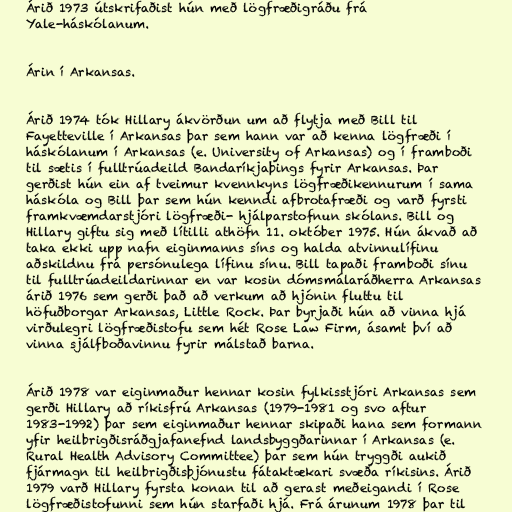
Árið 1973 útskrifaðist hún með lögfræðigráðu frá
Yale-háskólanum.

Árin í Arkansas.

Árið 1974 tók Hillary ákvörðun um að flytja með Bill til
Fayetteville í Arkansas þar sem hann var að kenna lögfræði í
háskólanum í Arkansas (e. University of Arkansas) og í framboði
til sætis í fulltrúadeild Bandaríkjaþings fyrir Arkansas. Þar
gerðist hún ein af tveimur kvennkyns lögfræðikennurum í sama
háskóla og Bill þar sem hún kenndi afbrotafræði og varð fyrsti
framkvæmdarstjóri lögfræði- hjálparstofnun skólans. Bill og
Hillary giftu sig með lítilli athöfn 11. október 1975. Hún ákvað að
taka ekki upp nafn eiginmanns síns og halda atvinnulífinu
aðskildnu frá persónulega lífinu sínu. Bill tapaði framboði sínu
til fulltrúadeildarinnar en var kosin dómsmálaráðherra Arkansas
árið 1976 sem gerði það að verkum að hjónin fluttu til
höfuðborgar Arkansas, Little Rock. Þar byrjaði hún að vinna hjá
virðulegri lögfræðistofu sem hét Rose Law Firm, ásamt því að
vinna sjálfboðavinnu fyrir málstað barna.

Árið 1978 var eiginmaður hennar kosin fylkisstjóri Arkansas sem
gerði Hillary að ríkisfrú Arkansas (1979-1981 og svo aftur
1983-1992) þar sem eiginmaður hennar skipaði hana sem formann
yfir heilbrigðisráðgjafanefnd landsbyggðarinnar í Arkansas (e.
Rural Health Advisory Committee) þar sem hún tryggði aukið
fjármagn til heilbrigðisþjónustu fátaktækari svæða ríkisins. Árið
1979 varð Hillary fyrsta konan til að gerast meðeigandi í Rose
lögfræðistofunni sem hún starfaði hjá. Frá árunum 1978 þar til